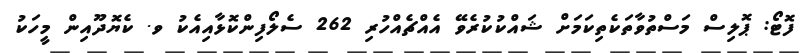
ފޮޓޯ: ޕޮލިސް މަސްތުވާތަކެތިކަމަށް ޝައްކުކުރެވޭ އެއްޗެއްހުރި 262 ސެލޯފިންކޮޅާއިއެކު ވ. ކެޔޮދޫއިން މީހަކު